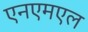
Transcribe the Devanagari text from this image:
एनएमएल